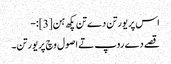
اس پریورتن دے تن پکھ ہن[3]:-
قصے دے روپ تے اصول وچ پریورتن۔